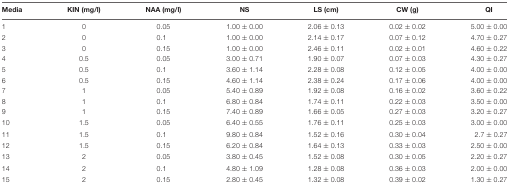
<table><thead><tr><td><b>Media</b></td><td><b>KIN (mg/l)</b></td><td><b>NAA (mg/l)</b></td><td><b>NS</b></td><td><b>LS (cm)</b></td><td><b>CW (g)</b></td><td><b>QI</b></td></tr></thead><tbody><tr><td>1</td><td>0</td><td>0.05</td><td>1.00 ± 0.00</td><td>2.06 ± 0.13</td><td>0.02 ± 0.02</td><td>5.00 ± 0.00</td></tr><tr><td>2</td><td>0</td><td>0.1</td><td>1.00 ± 0.00</td><td>2.14 ± 0.17</td><td>0.07 ± 0.12</td><td>4.70 ± 0.27</td></tr><tr><td>3</td><td>0</td><td>0.15</td><td>1.00 ± 0.00</td><td>2.46 ± 0.11</td><td>0.02 ± 0.01</td><td>4.60 ± 0.22</td></tr><tr><td>4</td><td>0.5</td><td>0.05</td><td>3.00 ± 0.71</td><td>1.90 ± 0.07</td><td>0.07 ± 0.03</td><td>4.30 ± 0.27</td></tr><tr><td>5</td><td>0.5</td><td>0.1</td><td>3.60 ± 1.14</td><td>2.28 ± 0.08</td><td>0.12 ± 0.05</td><td>4.00 ± 0.00</td></tr><tr><td>6</td><td>0.5</td><td>0.15</td><td>4.60 ± 1.14</td><td>2.38 ± 0.24</td><td>0.17 ± 0.06</td><td>4.00 ± 0.00</td></tr><tr><td>7</td><td>1</td><td>0.05</td><td>5.40 ± 0.89</td><td>1.92 ± 0.08</td><td>0.16 ± 0.02</td><td>3.60 ± 0.22</td></tr><tr><td>8</td><td>1</td><td>0.1</td><td>6.80 ± 0.84</td><td>1.74 ± 0.11</td><td>0.22 ± 0.03</td><td>3.50 ± 0.00</td></tr><tr><td>9</td><td>1</td><td>0.15</td><td>7.40 ± 0.89</td><td>1.66 ± 0.05</td><td>0.27 ± 0.03</td><td>3.20 ± 0.27</td></tr><tr><td>10</td><td>1.5</td><td>0.05</td><td>6.40 ± 0.55</td><td>1.76 ± 0.11</td><td>0.25 ± 0.03</td><td>3.00 ± 0.00</td></tr><tr><td>11</td><td>1.5</td><td>0.1</td><td>9.80 ± 0.84</td><td>1.52 ± 0.16</td><td>0.30 ± 0.04</td><td>2.7 ± 0.27</td></tr><tr><td>12</td><td>1.5</td><td>0.15</td><td>6.20 ± 0.84</td><td>1.64 ± 0.13</td><td>0.33 ± 0.03</td><td>2.50 ± 0.00</td></tr><tr><td>13</td><td>2</td><td>0.05</td><td>3.80 ± 0.45</td><td>1.52 ± 0.08</td><td>0.30 ± 0.05</td><td>2.20 ± 0.27</td></tr><tr><td>14</td><td>2</td><td>0.1</td><td>4.80 ± 1.09</td><td>1.28 ± 0.08</td><td>0.36 ± 0.03</td><td>2.00 ± 0.00</td></tr><tr><td>15</td><td>2</td><td>0.15</td><td>2.80 ± 0.45</td><td>1.32 ± 0.08</td><td>0.39 ± 0.02</td><td>1.30 ± 0.27</td></tr></tbody></table>